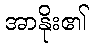
အာနိုး၏